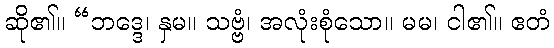
ဆို၏။ “ဘဒ္ဒေ၊ နှမ။ သဗ္ဗံ၊ အလုံးစုံသော။ မမ၊ ငါ၏။ ဧတံ